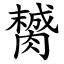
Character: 膥